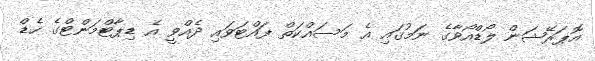
އޮޕަރޭޝަން ލޯޑްއޯވާގެ ނަމުގައި އެ މަސައްކަތް ފައްޓަވައި ދެއްވީ އެ ޑިޕާޓްމަންޓްގެ ހެޑް